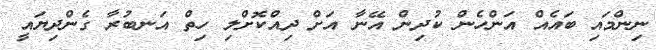
ނިންމައި ބައެއް އަންހެން ކުދިން އޭނާ އަށް ދިއްކޮށްލި ހިތް އަނބުރާ ގެންދިޔައީ